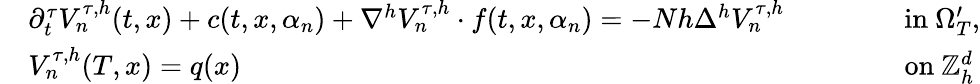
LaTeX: \begin{array}{rlrl}&{\partial_{t}^{\tau}V_{n}^{\tau,h}(t,x)+c(t,x,\alpha_{n})+\nabla^{h}V_{n}^{\tau,h}\cdot f(t,x,\alpha_{n})=-Nh\Delta^{h}V_{n}^{\tau,h}\qquad}&&{\mathrm{~in~}\Omega_{T}^{\prime},}\\ &{V_{n}^{\tau,h}(T,x)=q(x)\qquad}&&{\mathrm{~on~}{\mathbb{Z}}_{h}^{d}}\end{array}